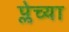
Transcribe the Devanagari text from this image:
प्लेच्या